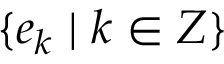
\{ e _ { k } \mid k \in Z \}